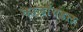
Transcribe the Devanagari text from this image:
कालॉयडल